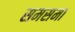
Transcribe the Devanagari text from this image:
समसमा